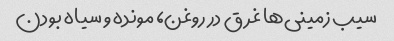
سیب زمینی‌ها غرق در روغن، مونده و سیاه بودن